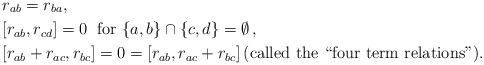
\begin{align*}& r_{ab} = r_{ba} , \\ & [r_{ab},r_{cd}] = 0 \; \mbox{ for } \{a,b\}\cap\{c,d\}=\emptyset \, , \\& [r_{ab}+r_{ac},r_{bc}] = 0 = [r_{ab},r_{ac}+r_{bc}] \, \textrm{(called the ``four term relations'')}.&\end{align*}